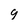
Character: 9